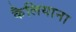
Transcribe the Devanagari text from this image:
कैलियाना